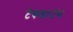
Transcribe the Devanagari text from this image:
टेकडाउंस